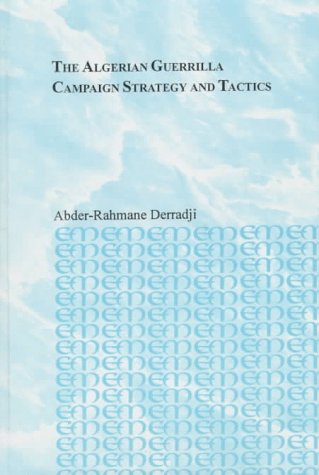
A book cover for The Algerian Guerrilla Campaign: Strategy and Tactics (Distinguished Dissertations); Abder-Rahmane Derradji; History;